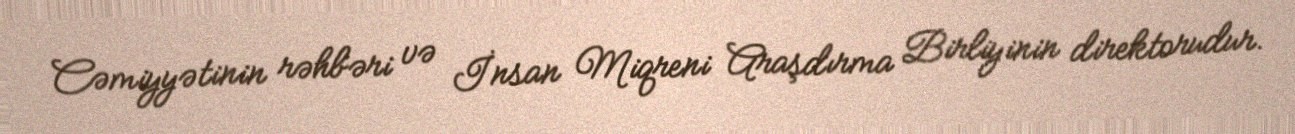
Cəmiyyətinin rəhbəri və İnsan Miqreni Araşdırma Birliyinin direktorudur.